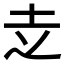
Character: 赱